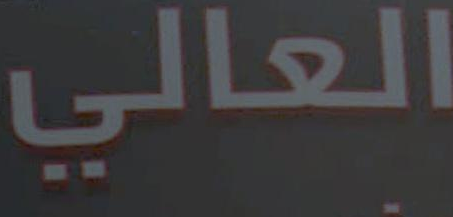
العالي